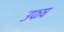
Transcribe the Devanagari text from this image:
उफष